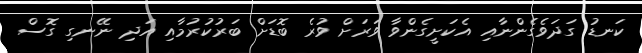
ކަނޑު ގަދަވެެގެންނާއި އެކަށީގެންވާ ވަރަށް ވުރެ ބޮޑަށް ބަރުކުރުމާއި އަދި ނޭނގި ގޮސް